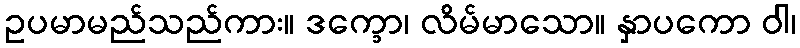
ဥပမာမည်သည်ကား။ ဒက္ခော၊ လိမ်မာသော။ နှာပကော ဝါ၊